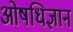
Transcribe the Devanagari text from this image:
ओषधिज्ञान